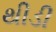
થીડી